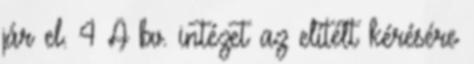
jár el. 4 A bv. intézet az elítélt kérésére